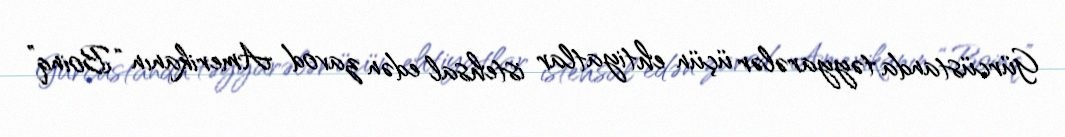
Gürcüstanda təyyarələr üçün ehtiyatlar istehsal edən zavod Amerikanın “Boinq”